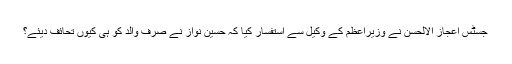
جسٹس اعجاز الالحسن نے وزیراعظم کے وکیل سے استفسار کیا کہ حسین نواز نے صرف والد کو ہی کیوں تحائف دیئے؟